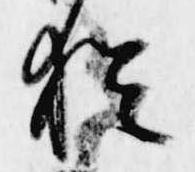
猶